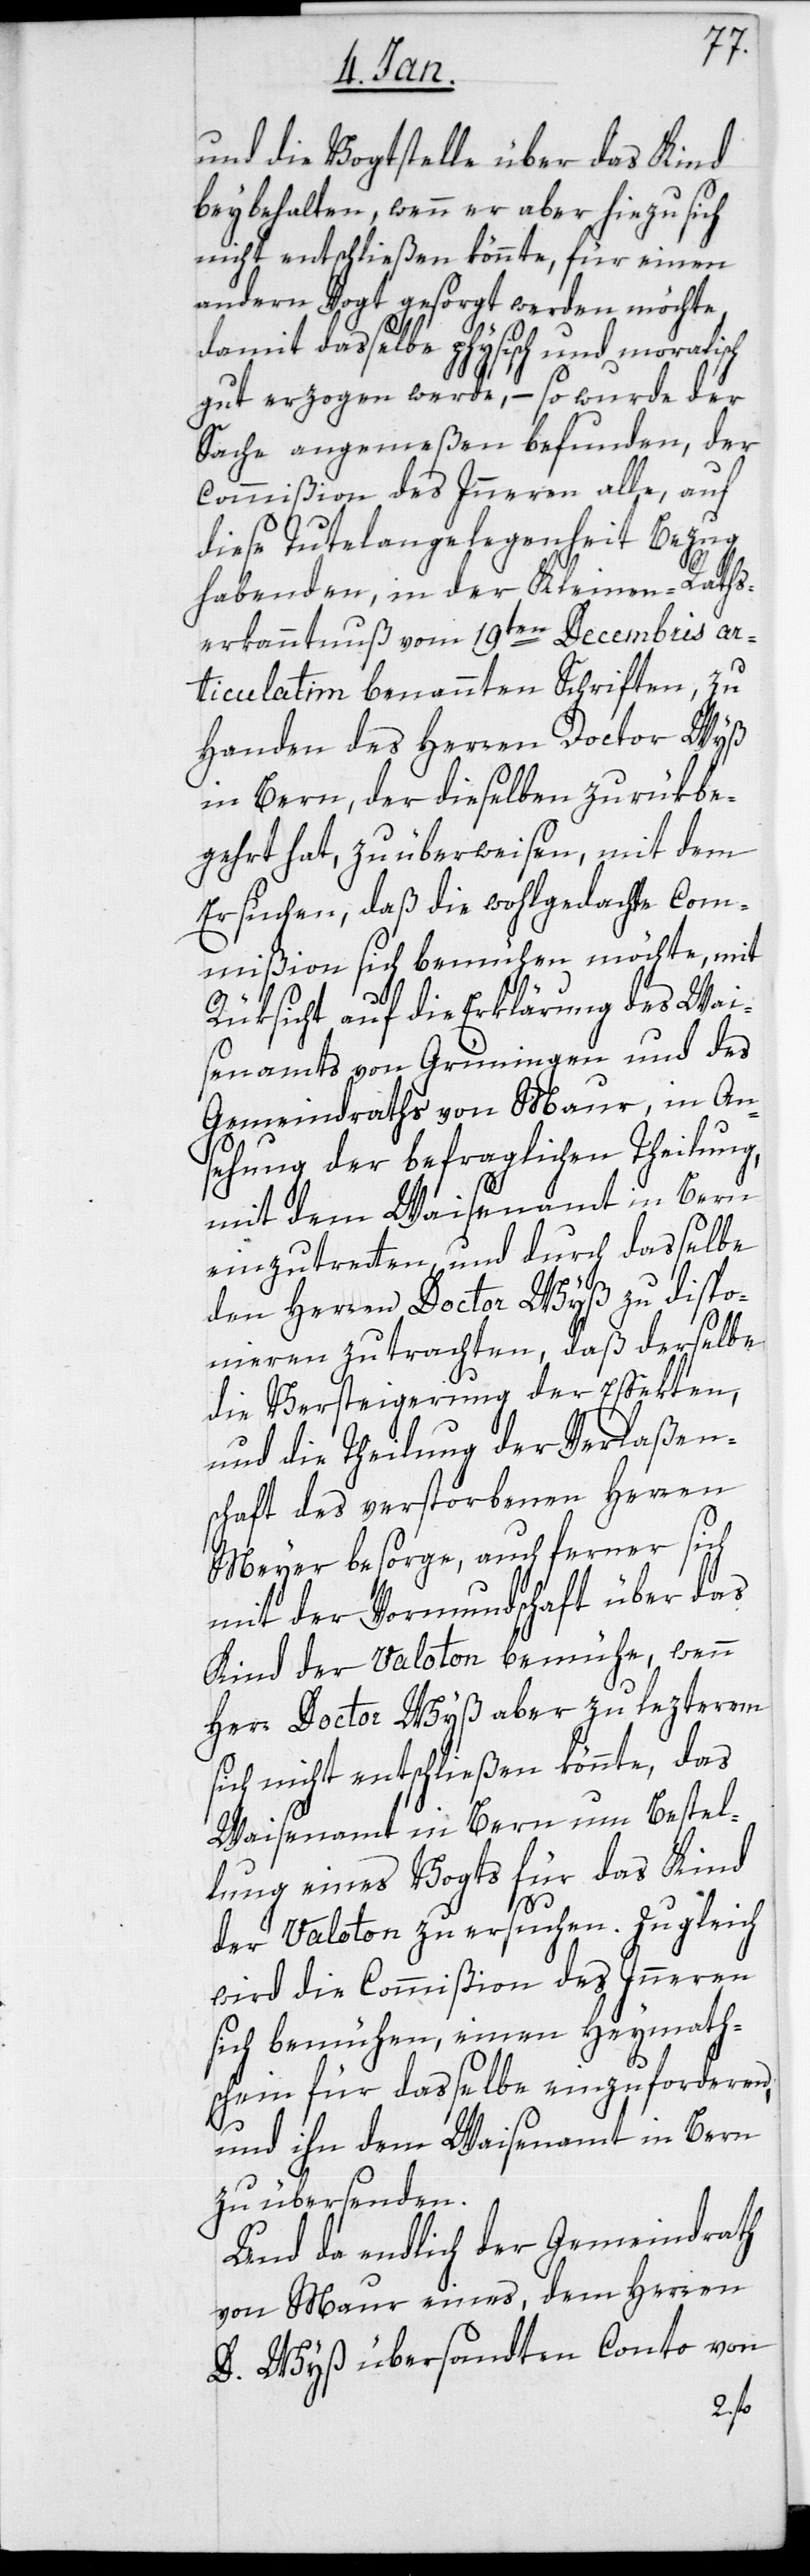
und die Vogtstelle über das Kind
beybehalten, wenn er aber hiezu sich
nicht entschließen könnte, für einen
andern Vogt gesorgt werden möchte,
damit daßelbe physisch und moralisch
gut erzogen werde, – so wurde der
Sache angemeßen befunden, der
Commißion des Inneren alle, auf
diese Tutelangelegenheit Bezug
habenden, in der Kleinen-Rath¬
s-erkanntnuß vom 19ten Decembris ar¬
ticulatim benannten Schriften, zu
Handen des Herren Doctor Wyß
in Bern, der dieselben zurükbe¬
gehrt hat, zu überweisen, mit dem
Ersuchen, daß die wohlgedachte Com¬
mißion sich bemühen möchte, mit
Rüksicht auf die Erklärung des Wai¬
senamts von Grünigen und des
Gemeindraths von Maur, in An¬
sehung der befraglichen Theilung,
mit dem Waisenamt in Bern
einzutretten, und durch dasselbe
den Herrn Doctor Wyß zu dispo¬
nieren zu trachten, daß derselbe
die Versteigerung der Effekten,
und die Theilung der Verlaßen¬
schaft des verstorbenen Herren
Meyer besorge, auch ferner sich
mit der Vormundschaft über das
Kind der Valoton bemühe, wenn
Herr Doctor Wyß aber zu lezterem
sich nicht entschließen könnte, das
Waisenamt in Bern um Bestel¬
lung eines Vogts für das Kind
der Valoton zu ersuchen. Zugleich
wird die Commißion des Inneren
sich bemühen, einen Heymaths¬
chein für dasselbe einzuforderen,
und ihn dem Waisenamt in Bern
zu übersenden.
Und da endlich der Gemeindrath
von Maur eines, dem Herren
D. Wyß übersandten Conto von